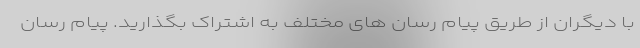
با دیگران از طریق پیام رسان های مختلف به اشتراک بگذارید. پیام رسان